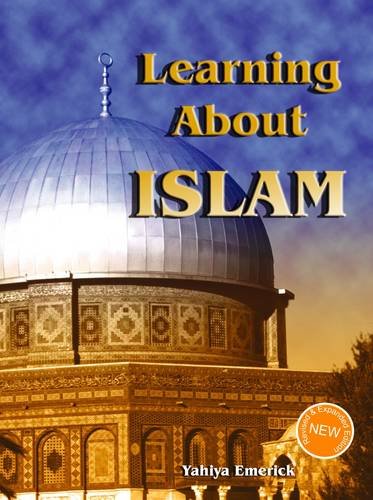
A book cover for Learning About Islam (Revised and Expanded Edition !); Yahiya Emerick; Children's Books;